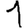
Digit: 1